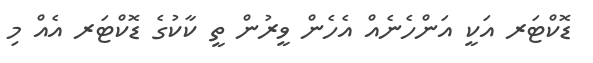
ޑޮކްޓަރ އަކީ އަންހެނެއް އެހެން ވީރުން ތީ ކާކުގެ ޑޮކްޓަރ އެއް މި